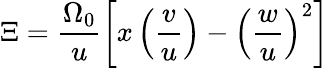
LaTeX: \Xi=\frac{\Omega_{0}}{u}\left[x\left(\frac{v}{u}\right)-\left(\frac{w}{u}\right)^{2}\right]